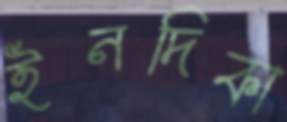
ইনদিকা